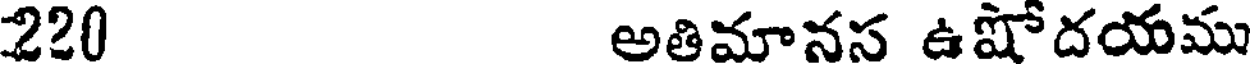
220 అతిమానస ఉషోదయము